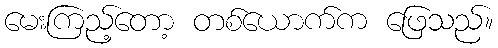
မေးကြည့်တော့ တစ်ယောက်က ဖြေသည်။